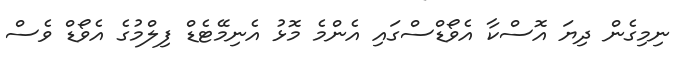
ނިމިގެން ދިޔަ އޮސްކާ އެވޯޑްސްގައި އެންމެ މޮޅު އެނިމޭޓެޑް ފިލްމުގެ އެވޯޑް ވެސް